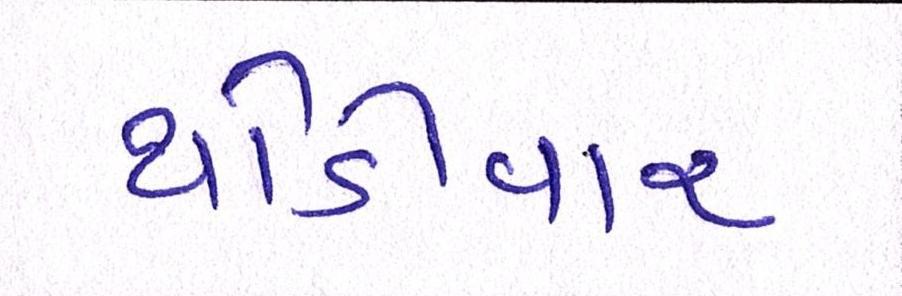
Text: થોડીવાર